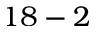
1 8 - 2